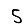
Digit: 5